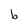
Character: b